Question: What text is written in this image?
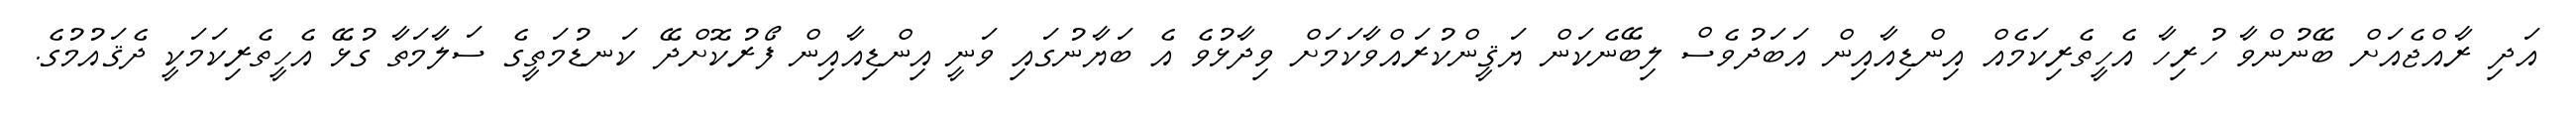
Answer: އަދި ރާއްޖެއަށް ބޭނުންވާ ހުރިހާ އެހީތެރިކަމެއް އިންޑިއާއިން އަބަދުވެސް ލިބޭނެކަން ޔަޤީންކުރައްވާކަމަށް ވިދާޅުވެ އެ ބަޔާނުގައި ވަނީ އިންޑިއާއިން ފޯރުކޮށްދޭ ކަނޑުމަތީގެ ސަލާމަތާ ގުޅޭ އެހީތެރިކަމަކީ ދެޤައުމުގެ.